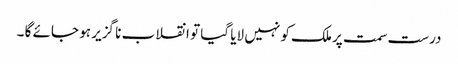
درست سمت پر ملک کو نہیں لایا گیا تو انقلاب نا گزیر ہو جائے گا ۔